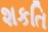
શકતિ